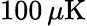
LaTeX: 100\, \mu\mathrm{K}